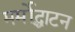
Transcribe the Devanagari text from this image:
मर्मोद्धाटन